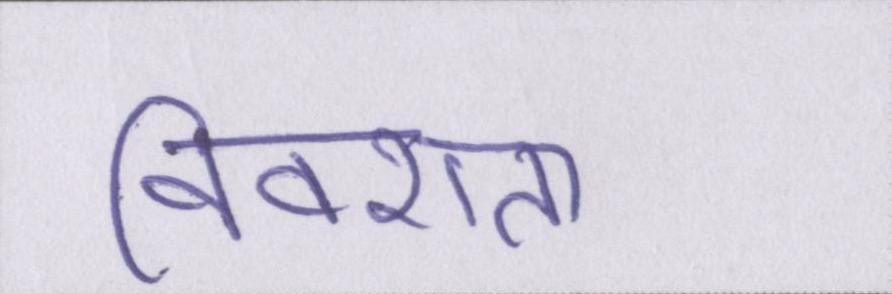
विवशता